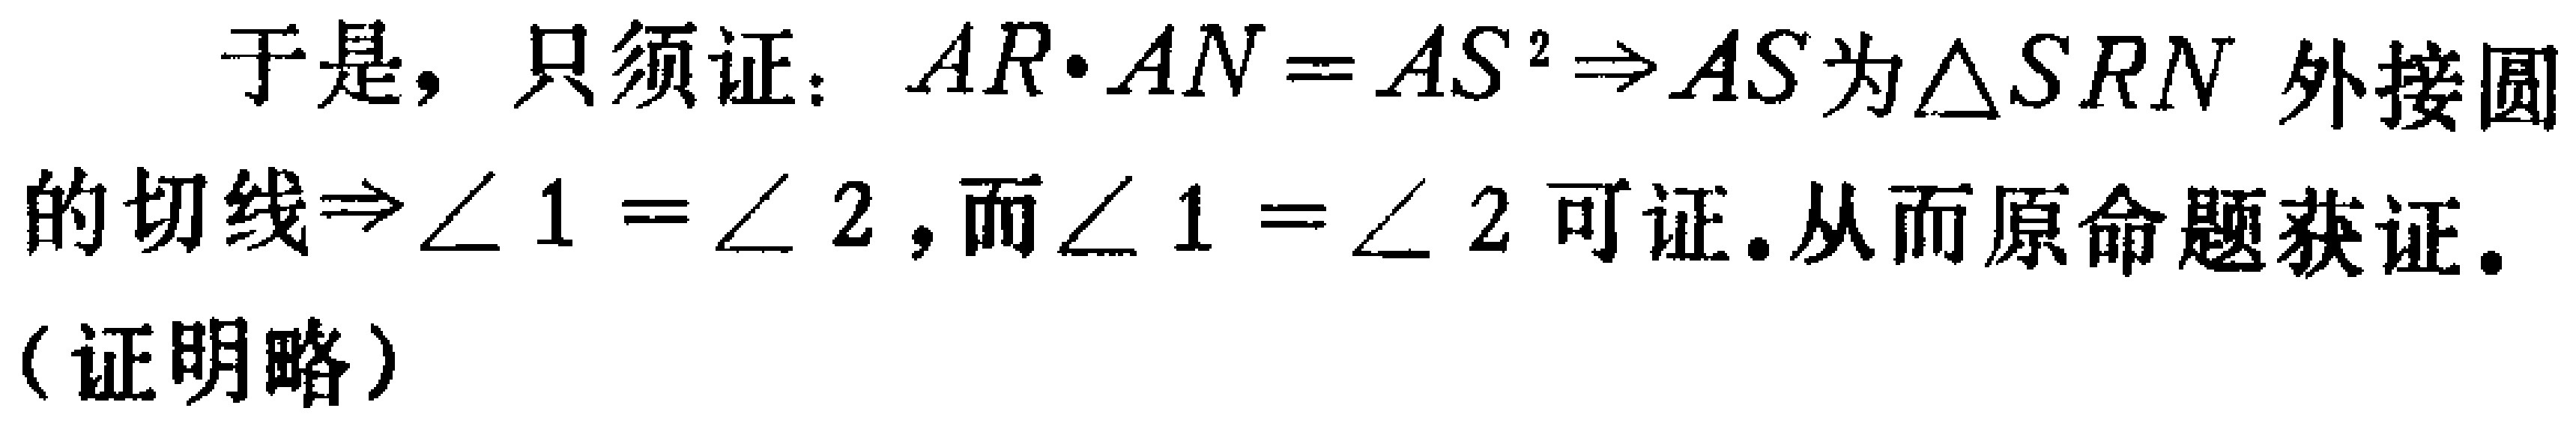
于是, 只须证: \(AR\cdot AN = AS^{2}\Rightarrow AS\)为\(\triangle SRN\)外接圆的切线\(\Rightarrow\angle 1=\angle 2\), 而\(\angle 1 = \angle 2\)可证. 从而原命题获证.
(证明略)